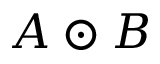
A \odot B